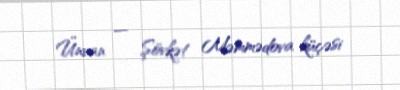
Ünvan — Şövkət Məmmədova küçəsi